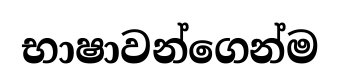
භාෂාවන්ගෙන්ම